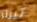
تيرنر